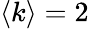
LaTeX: \langle k\rangle=2